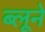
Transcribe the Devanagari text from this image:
ब्लूने